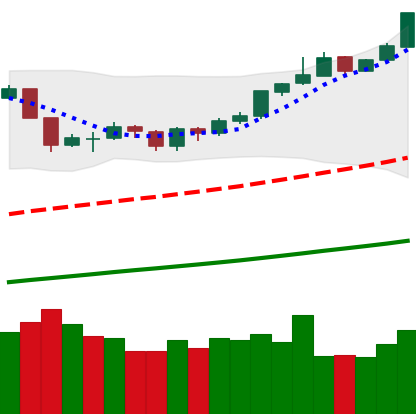
Ticker: BTC-USD
Chart end date: 2019-06-21
Forward return: 28.308%
Label: up_7plus